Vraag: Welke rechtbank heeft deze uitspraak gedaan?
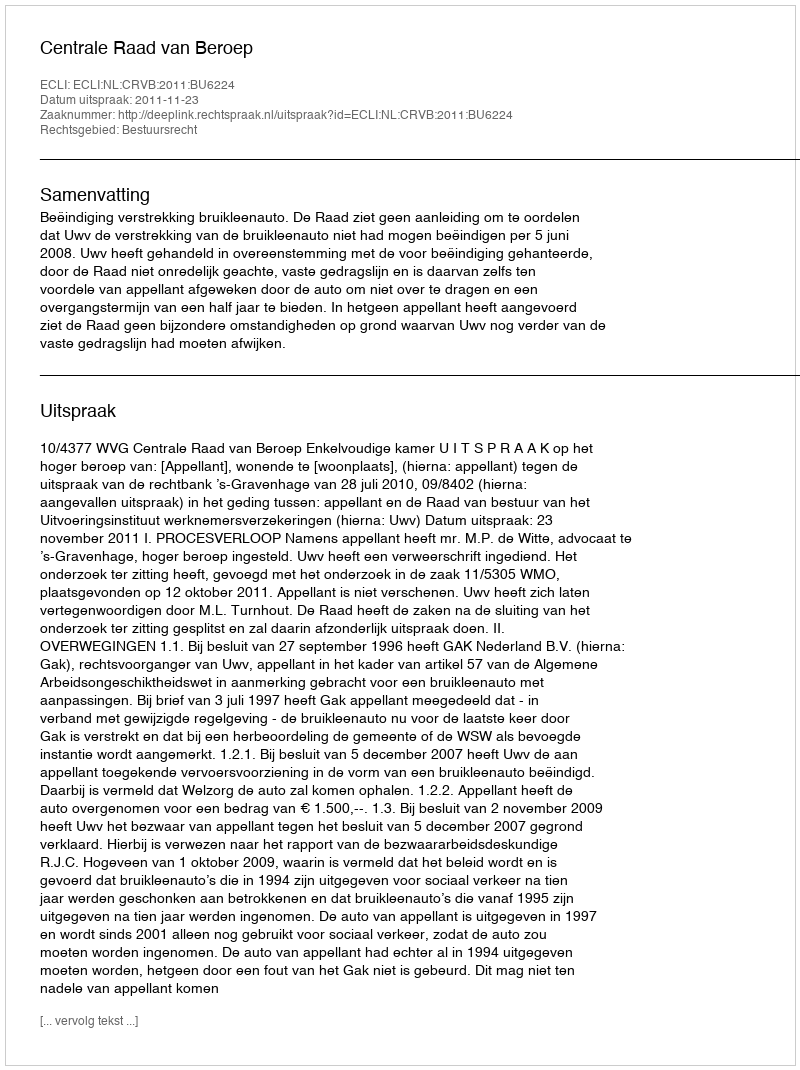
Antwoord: Centrale Raad van Beroep